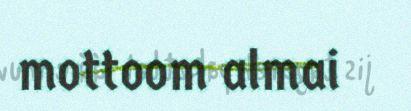
mottoom almai